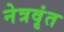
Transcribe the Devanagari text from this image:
नेत्रवृंत